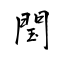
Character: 閠